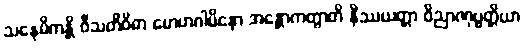
သနေမိကန္တိ ဝီသတိဝိဓာ မောဟဂါမိနော အန္တောကတွာတိ နိဿယတ္တာ ဝိညာဏုပ္ပတ္တိယာ